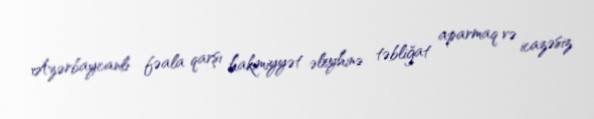
Azərbaycanlı fəala qarşı hakimiyyət əleyhinə təbliğat aparmaq və icazəsiz